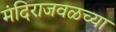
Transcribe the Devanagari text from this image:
मंदिराजवळच्या